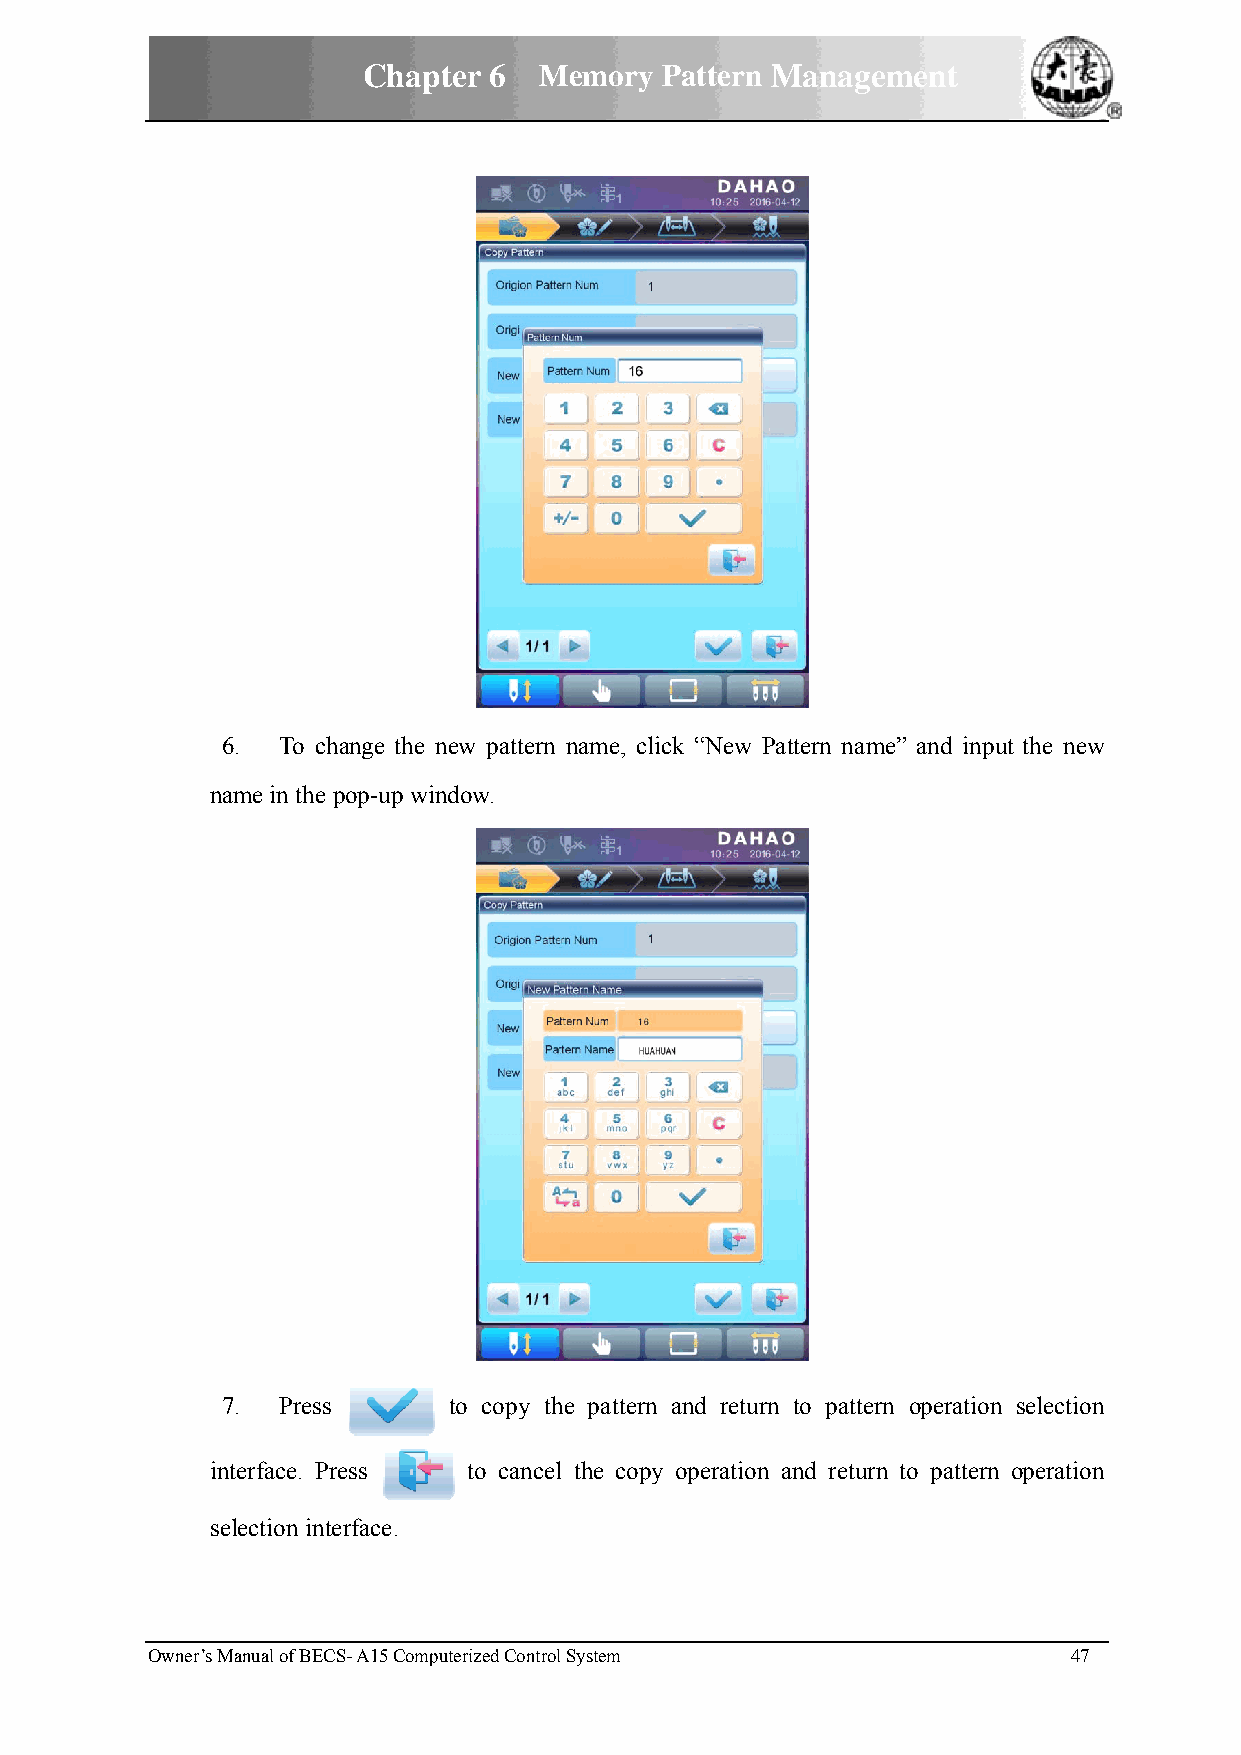
Chaptter 6  MMemory PPattern MManagemment
 66. To chhange the new pattern name, clickk “New Paattern name” and inputt the new
 naame in the ppop-up winddow.
 77. Press      to copy thhe pattern aand return to pattern operation selection
 innterface. Prress to cancell the copy operation aand return to pattern operation
 seelection inteerface.
 Owner’s MManual of BECS- A15 Computerized Controll System    47